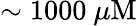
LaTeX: \sim 1000~\mu\mathrm{M}